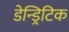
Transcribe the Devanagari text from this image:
डेन्ड्रिटिक